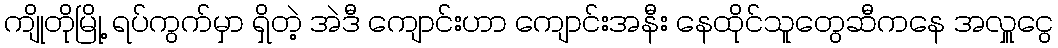
ကျိုတိုမြို့ ရပ်ကွက်မှာ ရှိတဲ့ အဲဒီ ကျောင်းဟာ ကျောင်းအနီး နေထိုင်သူတွေဆီကနေ အလှူငွေ